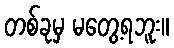
တစ်ခုမှ မတွေ့ရဘူး။